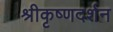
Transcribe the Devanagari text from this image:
श्रीकृष्णदर्शन